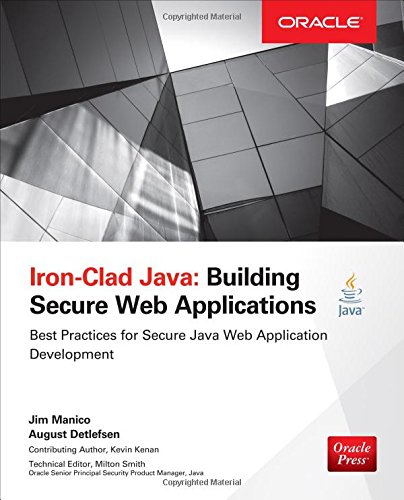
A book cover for Iron-Clad Java: Building Secure Web Applications (Oracle Press); Jim Manico; Computers & Technology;